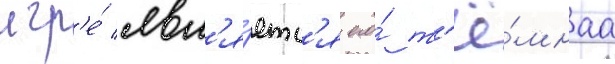
игр'е́ явл'я́етс'я его́ т'ё́мнаа